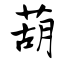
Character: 葫